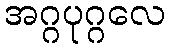
အဂ္ဂပုဂ္ဂလေ